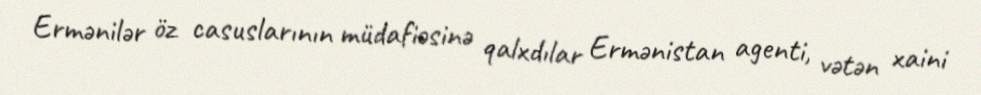
Ermənilər öz casuslarının müdafiəsinə qalxdılar Ermənistan agenti, vətən xaini